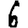
Digit: 6